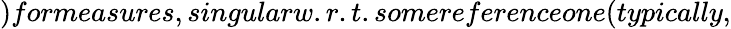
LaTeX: )formeasures,singularw.r.t.somereferenceone(typically,